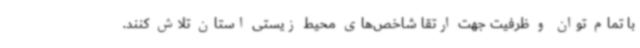
با تمام توان و ظرفیت جهت ارتقا شاخص‌های محیط زیستی استان تلاش کنند.